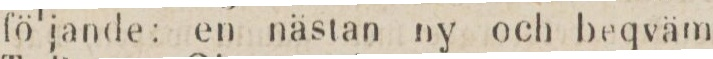
följande; en nästan ny och beqväm